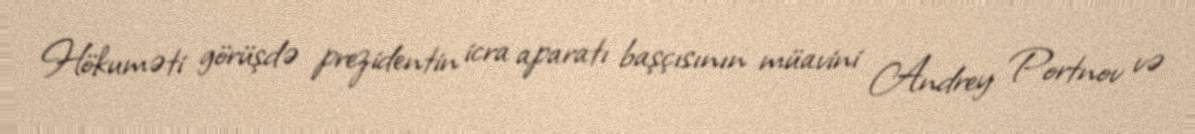
Hökuməti görüşdə prezidentin icra aparatı başçısının müavini Andrey Portnov və